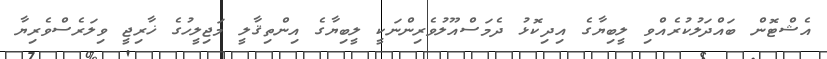
އެޝްޓޮން ބައްދަލުކުރެއްވި ލީބިޔާގެ އިދިކޮޅު ދެމަސްއޫލުވެރިންނަކީ ލީބިޔާގެ އިންތިޤާލީ މަޖިލީހުގެ ޚާރިޖީ ވިލަރެސްވެރިޔާ